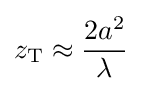
z_{\text{T}}\approx {\frac {2a^{2}}{\lambda }}